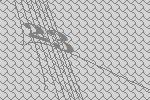
23